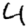
Digit: 4